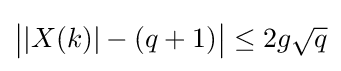
{\big |}|X(k)|-(q+1){\big |}\leq 2g{\sqrt {q}}